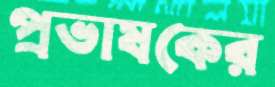
প্রভাষকের